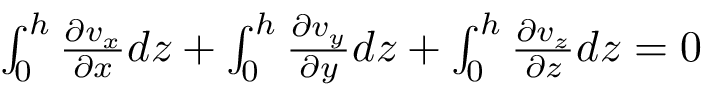
\begin{array} { r } { \int _ { 0 } ^ { h } \frac { \partial v _ { x } } { \partial x } d z + \int _ { 0 } ^ { h } \frac { \partial v _ { y } } { \partial y } d z + \int _ { 0 } ^ { h } \frac { \partial v _ { z } } { \partial z } d z = 0 } \end{array}